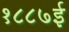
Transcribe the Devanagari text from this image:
१८८७ई